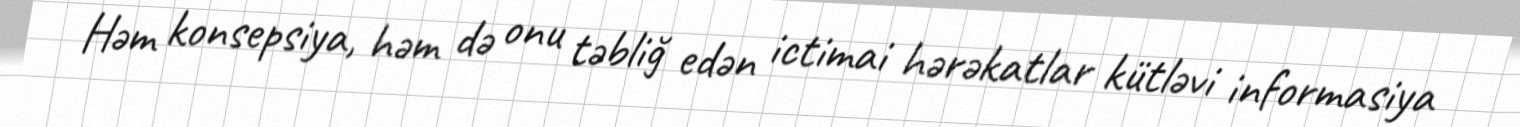
Həm konsepsiya, həm də onu təbliğ edən ictimai hərəkatlar kütləvi informasiya